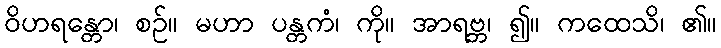
ဝိဟရန္တော၊ စဉ်။ မဟာ ပန္တကံ၊ ကို။ အာရဗ္ဘ၊ ၍။ ကထေသိ၊ ၏။